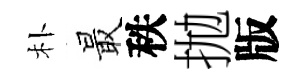
朴最秩拋版